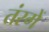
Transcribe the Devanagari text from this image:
तंरगें